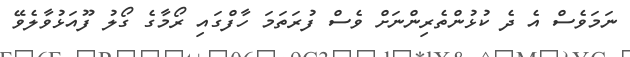
ނަމަވެސް އެ ދެ ކުޅުންތެރިންނަށް ވެސް ފުރަތަމަ ހާފްގައި ރޯމާގެ ގޯލު ފޫއަޅުވާލެވޭ